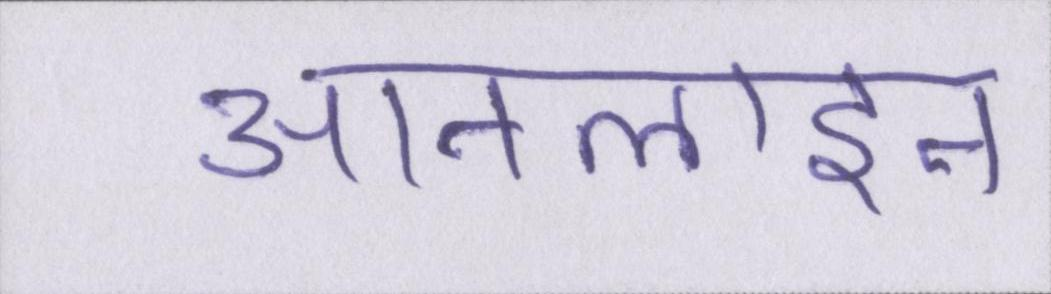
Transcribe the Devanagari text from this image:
आनलाइन